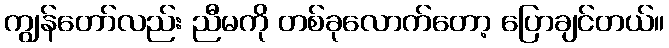
ကျွန်တော်လည်း ညီမကို တစ်ခုလောက်တော့ ပြောချင်တယ်။